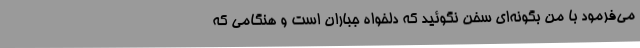
می‌فرمود با من بگونه‌ای سخن نگوئید که دلخواه جباران است و هنگامی که